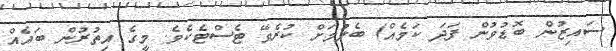
ސައިޒުން ބޮޑުވުން ފަދަ ކަމެއް) ބެލުމަށް ކުރެވޭ ޓެސްޓެކެވެ. މީގެ އިތުރުން ބައެއް